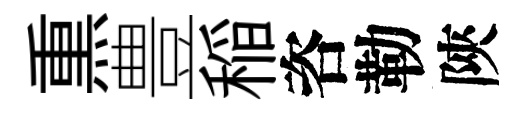
𤋱豊稲咨勒陝